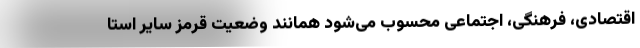
اقتصادی، فرهنگی، اجتماعی محسوب می‌شود همانند وضعیت قرمز سایر استا